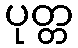
ပုတ္တ